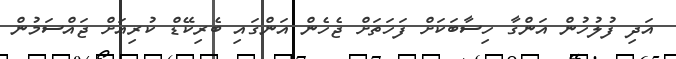
އަދި ފުލުހުން އަންގާ ހިސާބަކަށް ފަހަތަށް ޖެހެން އަންގައި ބެރިކޭޑް ކުރިއަށް ޖައްސަމުން